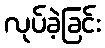
လုပ်ခဲ့ခြင်း